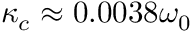
\kappa _ { c } \approx 0 . 0 0 3 8 \omega _ { 0 }